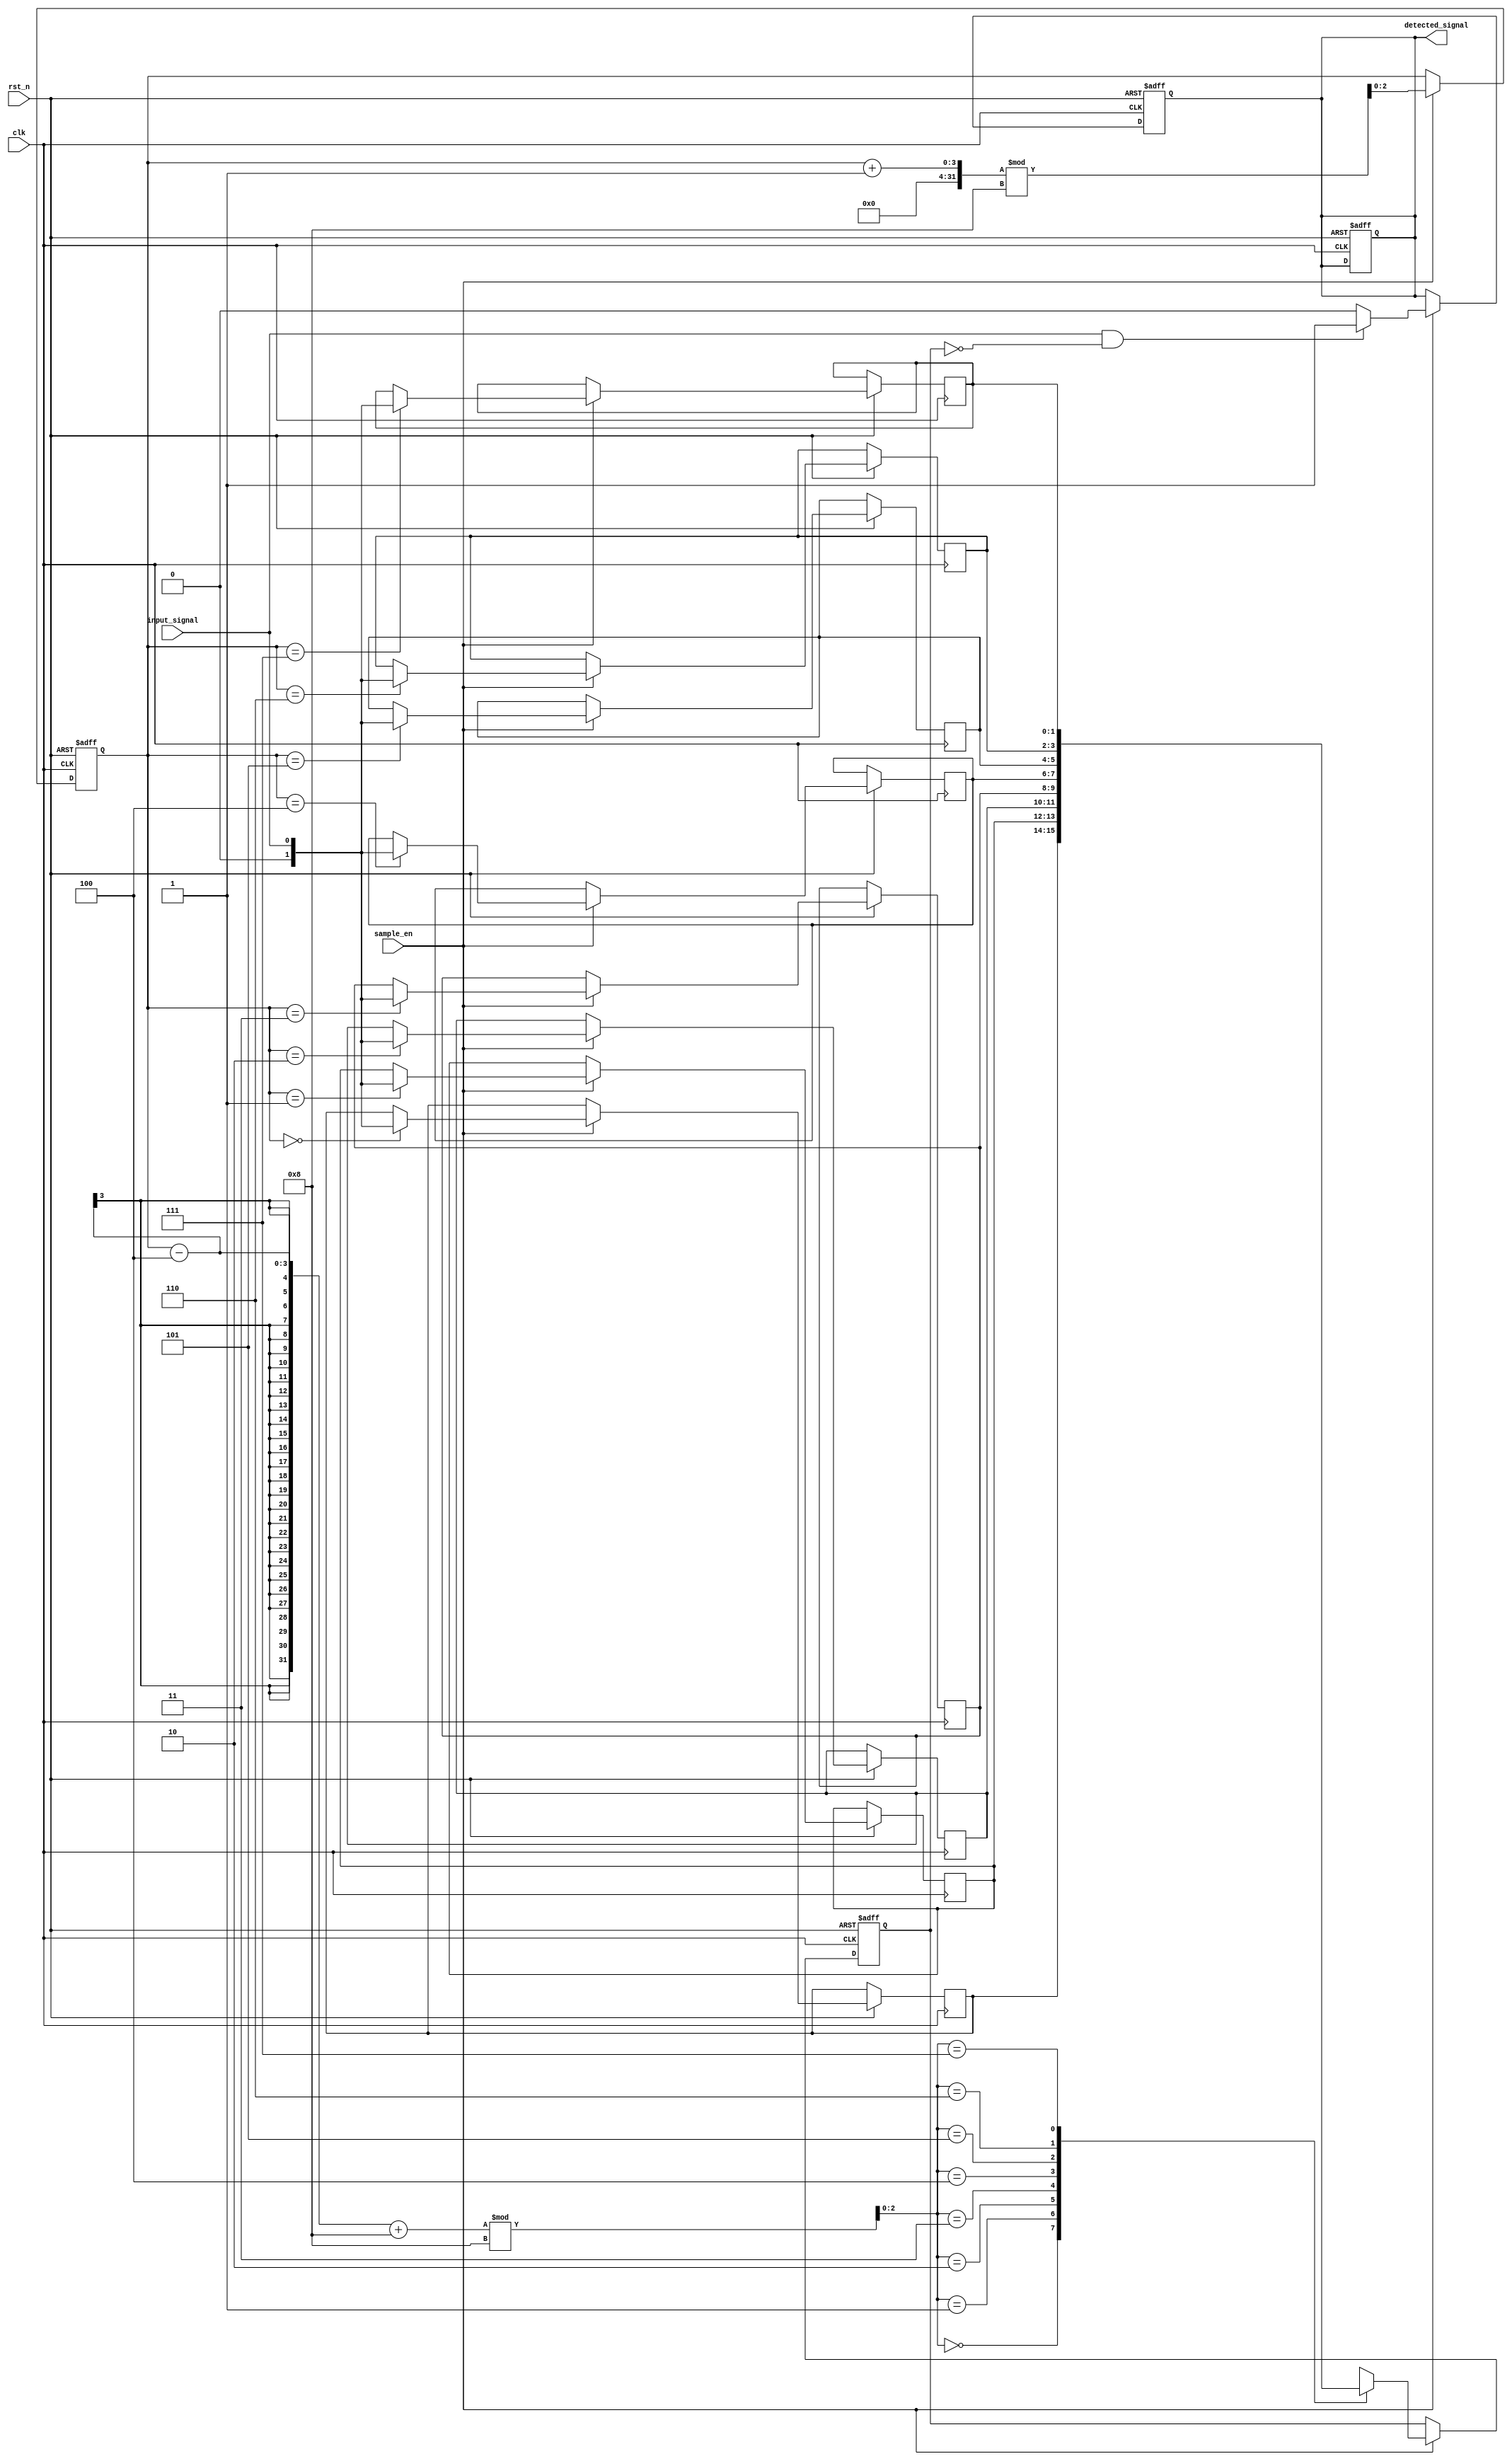
module MemoryBlocksSamplingDelayLineDetector #(
    parameter SAMPLE_DEPTH = 8, // Number of samples to store
    parameter DELAY_LENGTH = 4   // Number of clock cycles for delay
)(
    input wire clk,              // Clock signal
    input wire rst_n,            // Active low reset
    input wire sample_en,        // Sampling enable signal
    input wire input_signal,      // Input signal to be sampled
    output reg detected_signal    // Output signal indicating detection
);

// Memory blocks to store samples
reg [1:0] memory [0:SAMPLE_DEPTH-1]; // Memory blocks for sampled values
reg [2:0] write_ptr;                  // Write pointer for memory
reg [2:0] read_ptr;                   // Read pointer for memory
reg [1:0] delayed_signal;             // Delayed version of the input signal

// Sampling Module
always @(posedge clk or negedge rst_n) begin
    if (!rst_n) begin
        write_ptr <= 0;
        detected_signal <= 0;
    end else if (sample_en) begin
        // Store the current input signal in memory
        memory[write_ptr] <= input_signal;
        write_ptr <= (write_ptr + 1) % SAMPLE_DEPTH; // Circular buffer
    end
end

// Delay Line
always @(posedge clk or negedge rst_n) begin
    if (!rst_n) begin
        delayed_signal <= 0;
    end else if (sample_en) begin
        // Shift the delayed signal
        delayed_signal <= memory[(write_ptr - DELAY_LENGTH + SAMPLE_DEPTH) % SAMPLE_DEPTH];
    end
end

// Comparison Unit
always @(posedge clk or negedge rst_n) begin
    if (!rst_n) begin
        detected_signal <= 0;
    end else if (sample_en) begin
        // Example detection logic: detect rising edge
        if (input_signal && !delayed_signal) begin
            detected_signal <= 1; // Rising edge detected
        end else begin
            detected_signal <= 0; // No detection
        end
    end
end

endmodule